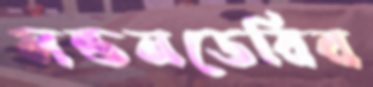
লন্ডনডেরির